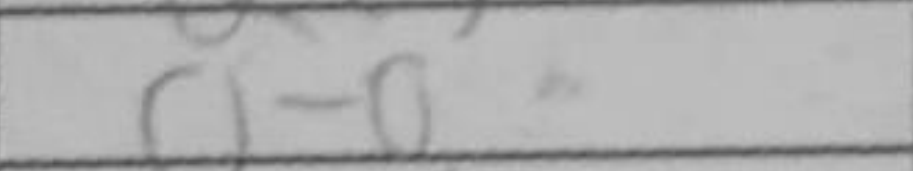
Transcription: O-O